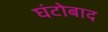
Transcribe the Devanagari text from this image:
घंटोबाद